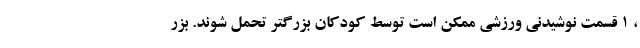
، 1 قسمت نوشیدنی ورزشی ممکن است توسط کودکان بزرگتر تحمل شوند. بزر